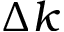
\Delta k